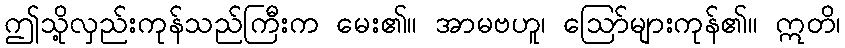
ဤသို့လှည်းကုန်သည်ကြီးက မေး၏။ အာမဗဟူ၊ ဩော်များကုန်၏။ ဣတိ၊